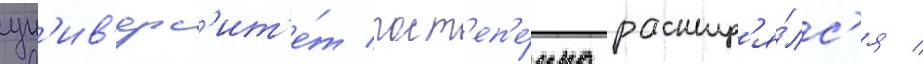
ун'ив'ерс'ит'е́т пост'еп'е́нно расшир'я́лс'я /